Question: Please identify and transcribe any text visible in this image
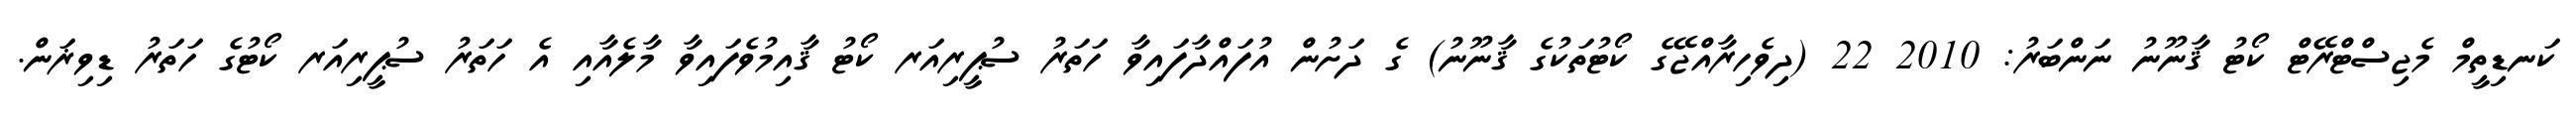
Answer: ކަނޑިތީމް މެޖިސްޓްރޭޓް ކޯޓު ޤާނޫނު ނަންބަރު: 2010 22 (ދިވެހިރާއްޖޭގެ ކޯޓުތަކުގެ ޤާނޫނު) ގެ ދަށުން އުފައްދާފައިވާ ހަތަރު ސުޕީރިއަރ ކޯޓު ޤާއިމުވެފައިވާ މާލެއާއި އެ ހަތަރު ސުޕީރިއަރ ކޯޓުގެ ހަތަރު ޑިވިޜަން.